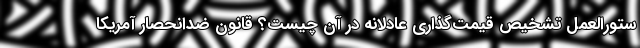
ستورالعمل تشخیص قیمت‌گذاری عادلانه در آن چیست؟ قانون ضدانحصار آمریکا